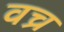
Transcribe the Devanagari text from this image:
वच्र